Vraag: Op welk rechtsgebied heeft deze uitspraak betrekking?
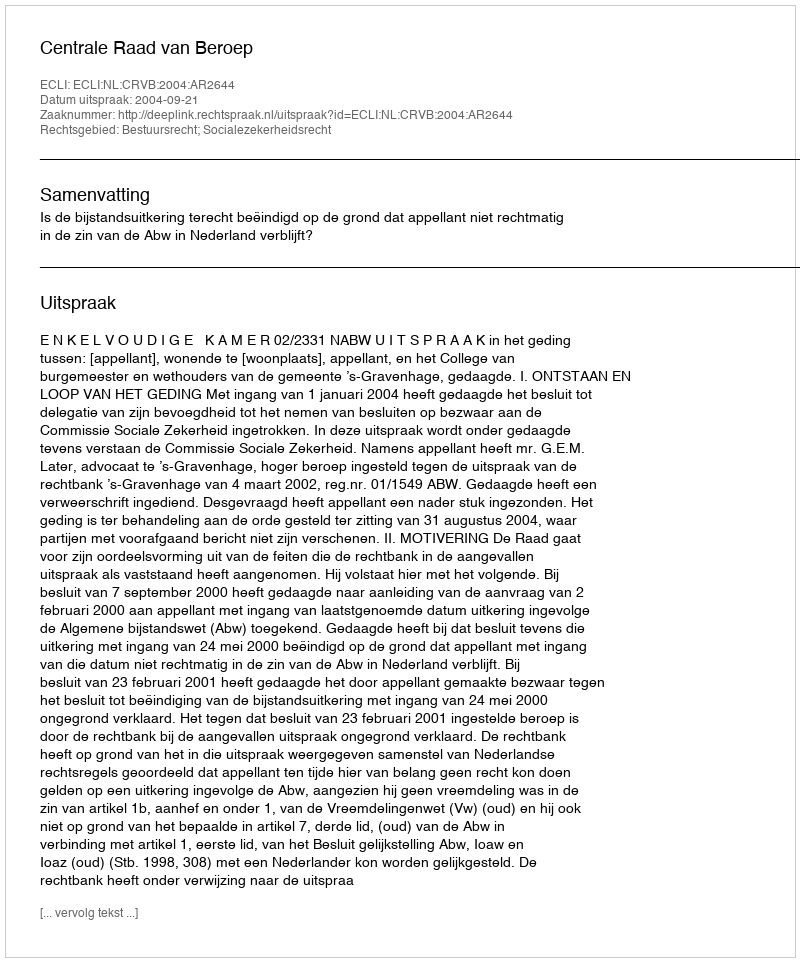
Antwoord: Bestuursrecht; Socialezekerheidsrecht